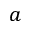
a